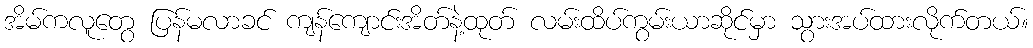
အိမ်ကလူတွေ ပြန်မလာခင် ကျန်ကျောင်းအိတ်နဲ့ထုတ် လမ်းထိပ်ကွမ်းယာဆိုင်မှာ သွားအပ်ထားလိုက်တယ်။